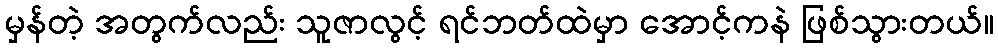
မှန်တဲ့ အတွက်လည်း သူဇာလွင့် ရင်ဘတ်ထဲမှာ အောင့်ကနဲ ဖြစ်သွားတယ်။